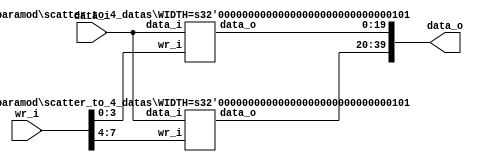

module scatter_to_8_datas #(
		parameter NUM = 8,
		parameter WIDTH = 5
    )
	(
        input [NUM-1 : 0]        wr_i,
        input [WIDTH-1 : 0]      data_i,
        output [NUM*WIDTH-1 : 0] data_o
	);
    parameter NUM_SUB = NUM/2;
    wire [NUM_SUB*WIDTH-1 : 0] data_o_0, data_o_1;
    wire [NUM/2-1 : 0]         wr_i_0, wr_i_1;
    assign data_o = {data_o_1, data_o_0};
    assign {wr_i_1, wr_i_0} = wr_i;

	scatter_to_4_datas #(
        .WIDTH(WIDTH)
    )
	scatter_to_4_datas_inst0 (
        .wr_i(wr_i_0),
        .data_i(data_i),
        .data_o(data_o_0)
    );

	scatter_to_4_datas #(
        .WIDTH(WIDTH)
    )
	scatter_to_4_datas_inst1 (
        .wr_i(wr_i_1),
        .data_i(data_i),
        .data_o(data_o_1)
    );

endmodule


module scatter_to_4_datas #(
		parameter NUM = 4,
		parameter WIDTH = 5
    )
	(
        input [NUM-1 : 0]        wr_i,
        input [WIDTH-1 : 0]      data_i,
        output [NUM*WIDTH-1 : 0] data_o
	);
    parameter NUM_SUB = NUM/2;
    wire [NUM_SUB*WIDTH-1 : 0] data_o_0, data_o_1;
    wire [NUM/2-1 : 0]         wr_i_0, wr_i_1;
    assign data_o = {data_o_1, data_o_0};
    assign {wr_i_1, wr_i_0} = wr_i;

	scatter_to_2_datas #(
        .WIDTH(WIDTH)
    )
	scatter_to_2_datas_inst0 (
        .wr_i(wr_i_0),
        .data_i(data_i),
        .data_o(data_o_0)
    );

	scatter_to_2_datas #(
        .WIDTH(WIDTH)
    )
	scatter_to_2_datas_inst1 (
        .wr_i(wr_i_1),
        .data_i(data_i),
        .data_o(data_o_1)
    );

endmodule


module scatter_to_2_datas #(
		parameter NUM   = 2,
		parameter WIDTH = 5
    )
	(
        input [NUM-1 : 0]        wr_i,
        input [WIDTH-1 : 0]      data_i,
        output [NUM*WIDTH-1 : 0] data_o
	);
    parameter NUM_SUB = NUM/2;
    wire [NUM_SUB*WIDTH-1 : 0] data_o_0, data_o_1;
    wire                       wr_i_0, wr_i_1;
    assign {wr_i_1, wr_i_0} = wr_i;
    assign data_o_0 = wr_i_0 ? data_i:0;
    assign data_o_1 = wr_i_1 ? data_i:0;
    assign data_o = {data_o_1, data_o_0};
endmodule